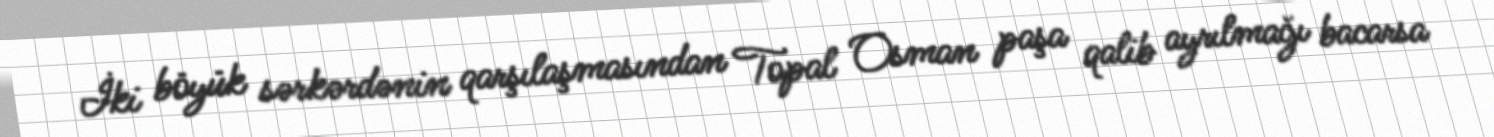
İki böyük sərkərdənin qarşılaşmasından Topal Osman paşa qalib ayrılmağı bacarsa